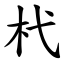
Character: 杙